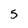
Character: 5